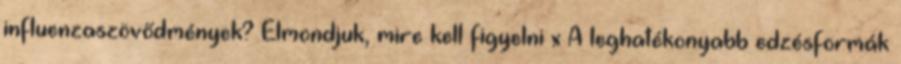
influenzaszövődmények? Elmondjuk, mire kell figyelni x A leghatékonyabb edzésformák